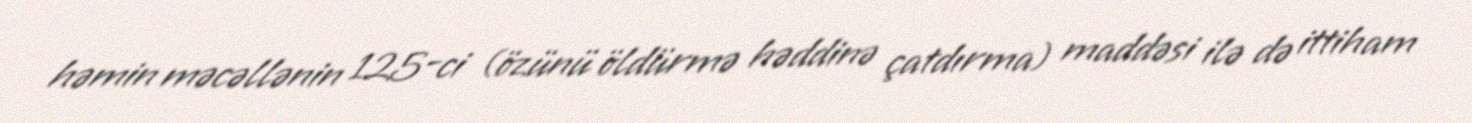
həmin məcəllənin 125-ci (özünü öldürmə həddinə çatdırma) maddəsi ilə də ittiham